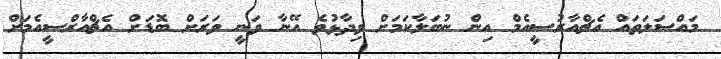
މައްސަލަތައް އެޗްއާރުސީއެމް އިން ނުބަލާކަމަށް ވިދާޅުވެ އޭނާ ވަނީ ވަރަށް ބޮޑަށް އެޗްއާރްސީއެމަށް